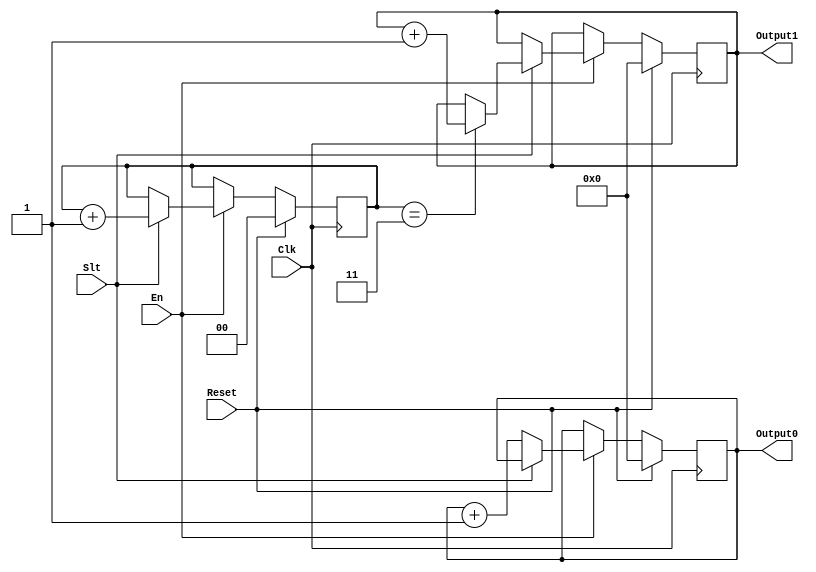
module code (
    input Clk,
    input Reset,
    input Slt,
    input En,
    output reg [63:0] Output0,
    output reg [63:0] Output1
);
    reg [1:0] count_1;
    
    always @(posedge Clk) begin
        if (Reset == 1'b0) begin
                if (En == 1'b1) begin
                    if (Slt == 1'b0) begin
                        Output0 <= Output0 + 64'b0000_0001;
                        Output1 <= Output1;
                        count_1 <= count_1;
                    end
                    else if (Slt == 1'b1) begin
                        count_1 <= count_1 + 2'b01;
                        if (count_1 == 2'b11) begin
                            Output1 <= Output1 + 64'b0000_0001;
                            Output0 <= Output0;
                        end
                        else begin
                            Output0 <= Output0;
                            Output1 <= Output1;
                        end
                    end
                end
                else begin
                    Output0 <= Output0;
                    Output1 <= Output1;
                    count_1 <= count_1;
                end
            end
        else if (Reset == 1'b1) begin
                Output0 <= 64'b0000_0000;
                Output1 <= 64'b0000_0000;
                count_1 <= 2'b00;
        end
    end
endmodule